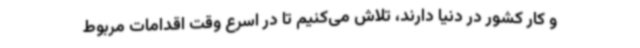
و کار کشور در دنیا دارند، تلاش می‌کنیم تا در اسرع وقت اقدامات مربوط